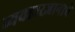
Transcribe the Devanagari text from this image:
व्यवहारज्ञानाचे